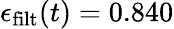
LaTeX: \epsilon_{\mathrm{filt}}(t)=0.840